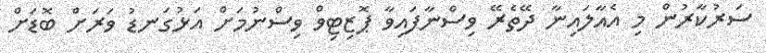
ސަރުކާރުން މި އެއާލައިނާ ދޭތެރޭ ވިސްނާފައިވާ ޕޮޒިޓިވް ވިސްނުމަށް އަޅުގަނޑު ވަރަށް ބޮޑަށް